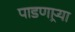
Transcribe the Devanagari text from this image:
पाडणाऱ्र्‍या